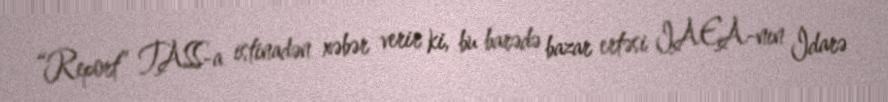
“Report” TASS-a istinadən xəbər verir ki, bu barədə bazar ertəsi IAEA-nın İdarə